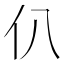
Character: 仈